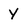
Character: Y